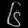
Digit: ၆